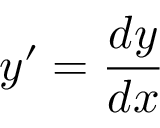
y ^ { \prime } = { \frac { d y } { d x } }